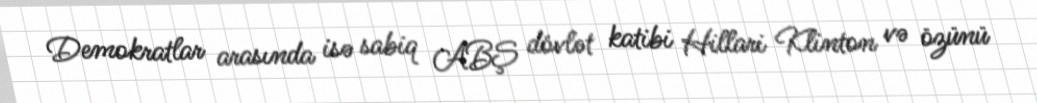
Demokratlar arasında isə sabiq ABŞ dövlət katibi Hillari Klinton və özünü